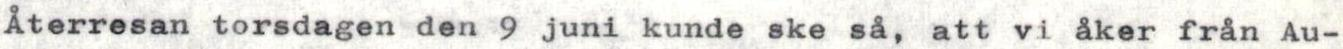
Återresan torsdagen den 9 juni kunde ske så, att vi åker från Au-